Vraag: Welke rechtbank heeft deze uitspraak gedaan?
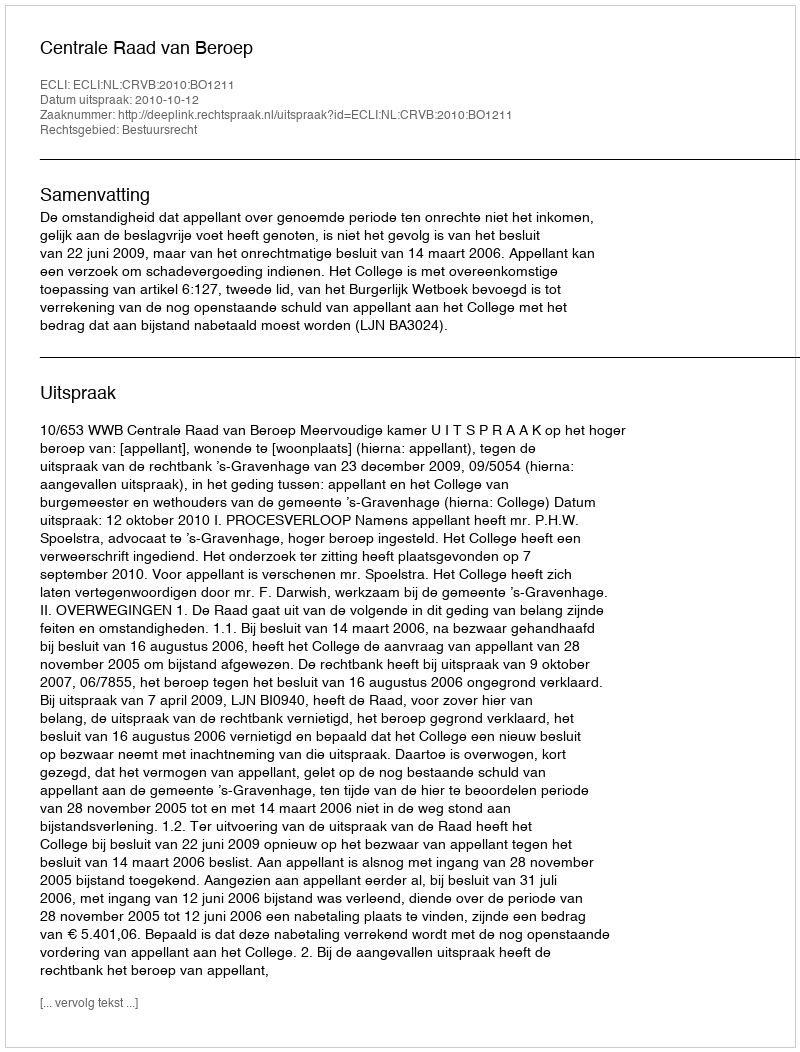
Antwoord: Centrale Raad van Beroep